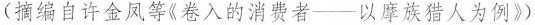
(摘编自许金凤等《卷入的消费者——以摩族猎人为例》)